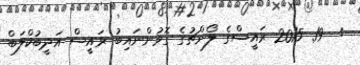
:  19